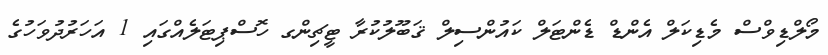
މޯލްޑިވްސް މެޑިކަލް އެންޑް ޑެންޓަލް ކައުންސިލް ޤަބޫލުކުރާ ޓީޗިންގ ހޮސްޕިޓަލެއްގައި 1 އަހަރުދުވަހުގެ